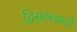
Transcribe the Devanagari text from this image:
द्विसहस्स्राब्दी